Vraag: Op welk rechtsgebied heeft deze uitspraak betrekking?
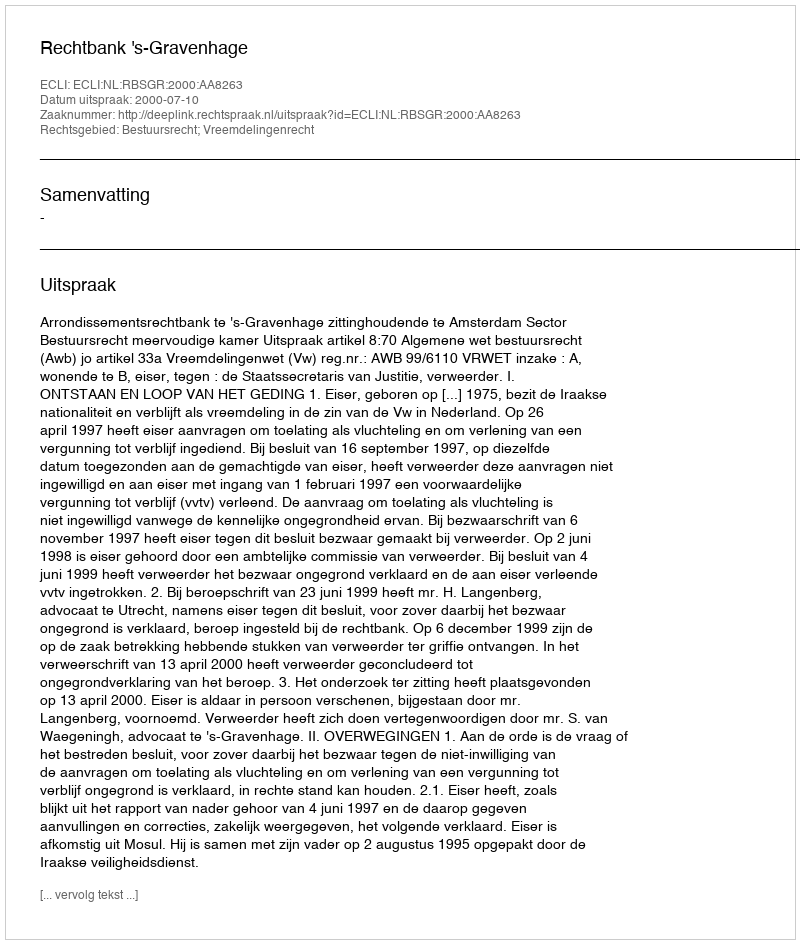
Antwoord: Bestuursrecht; Vreemdelingenrecht